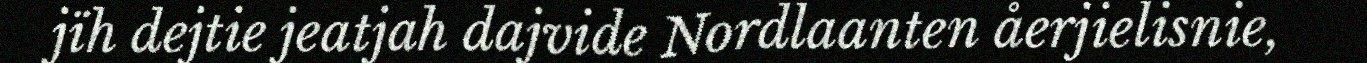
jïh dejtie jeatjah dajvide Nordlaanten åerjielisnie,